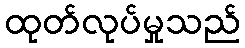
ထုတ်လုပ်မှုသည်